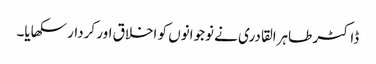
ڈاکٹر طاہرالقادری نے نوجوانوں کو اخلاق اور کردار سکھایا۔